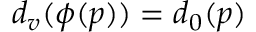
{ d _ { v } ( \phi ( p ) ) = d _ { 0 } ( p ) }